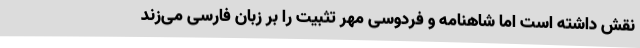
نقش داشته است اما شاهنامه و فردوسی مهر تثبیت را بر زبان فارسی می‌زند